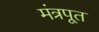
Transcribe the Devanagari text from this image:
मंत्रपूत